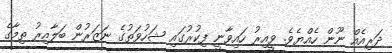
ދަރިއެއް ނޫން ހެއްޔެވެ. ވީއިރު ހައިވާނީ ފިކުރުގައި ޝަހުވަތުގެ ނަޒަރުން ބަލާއިރު ތިމާގެ